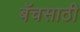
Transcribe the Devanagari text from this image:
बॅचसाठी